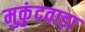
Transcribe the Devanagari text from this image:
मुकुंदवाड़ा